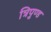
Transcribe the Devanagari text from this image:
त्रिपुण्ड